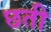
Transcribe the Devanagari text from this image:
छती